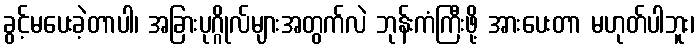
ခွင့်မပေးခဲ့တာပါ၊ အခြားပုဂ္ဂိုလ်များအတွက်လဲ ဘုန်းကံကြီးဖို့ အားပေးတာ မဟုတ်ပါဘူး၊